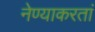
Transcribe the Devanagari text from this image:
नेण्याकरतां